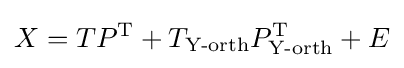
X=TP^{\mathrm {T} }+T_{\text{Y-orth}}P_{\text{Y-orth}}^{\mathrm {T} }+E